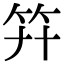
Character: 𥫲